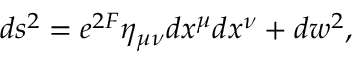
d s ^ { 2 } = e ^ { 2 F } \eta _ { \mu \nu } d x ^ { \mu } d x ^ { \nu } + d w ^ { 2 } ,